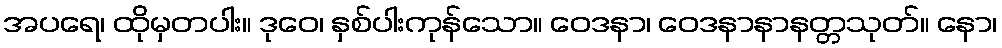
အပရေ၊ ထိုမှတပါး။ ဒုဝေ၊ နှစ်ပါးကုန်သော။ ဝေဒနာ၊ ဝေဒနာနာနတ္တသုတ်။ နော၊